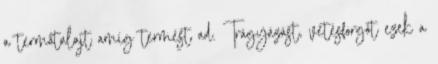
a termőtalajt amíg termést ad. Trágyázást, vetésforgót ezek a